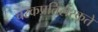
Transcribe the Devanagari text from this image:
चरकप्रतिसंस्कृते